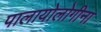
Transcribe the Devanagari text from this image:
पालायोलोगीना